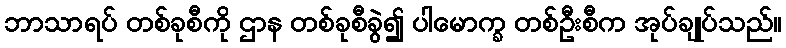
ဘာသာရပ် တစ်ခုစီကို ဌာန တစ်ခုစီခွဲ၍ ပါမောက္ခ တစ်ဦးစီက အုပ်ချုပ်သည်။